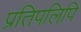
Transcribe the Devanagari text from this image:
प्रतिपलिपि